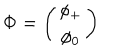
LaTeX: { \bf \Phi } = \left( \begin{array} { c } { { \phi _ { + } } } \\ { { \phi _ { 0 } } } \\ \end{array} \right)